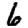
Digit: 6